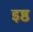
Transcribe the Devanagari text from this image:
इष्ठ